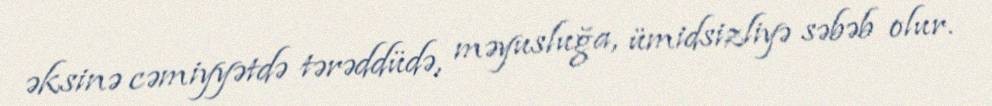
əksinə cəmiyyətdə tərəddüdə, məyusluğa, ümidsizliyə səbəb olur.